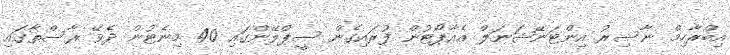
އިބްރާހިމް ނާސިރު އިންޓަނޭޝަނަލް އެއާޕޯޓުން ފުރައިގެން ސީޕްލޭންގައި 40 މިނެޓުން ދެވޭ ރާސްތާގައި